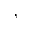
,